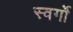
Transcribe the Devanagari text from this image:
स्वर्गो